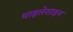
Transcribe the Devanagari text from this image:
थाइलेसाइन